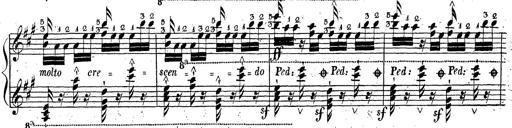
Title: Grande fantaisie sur la tyrolienne de l'opÃ©ra
Composer: Franz Liszt
Key: A major